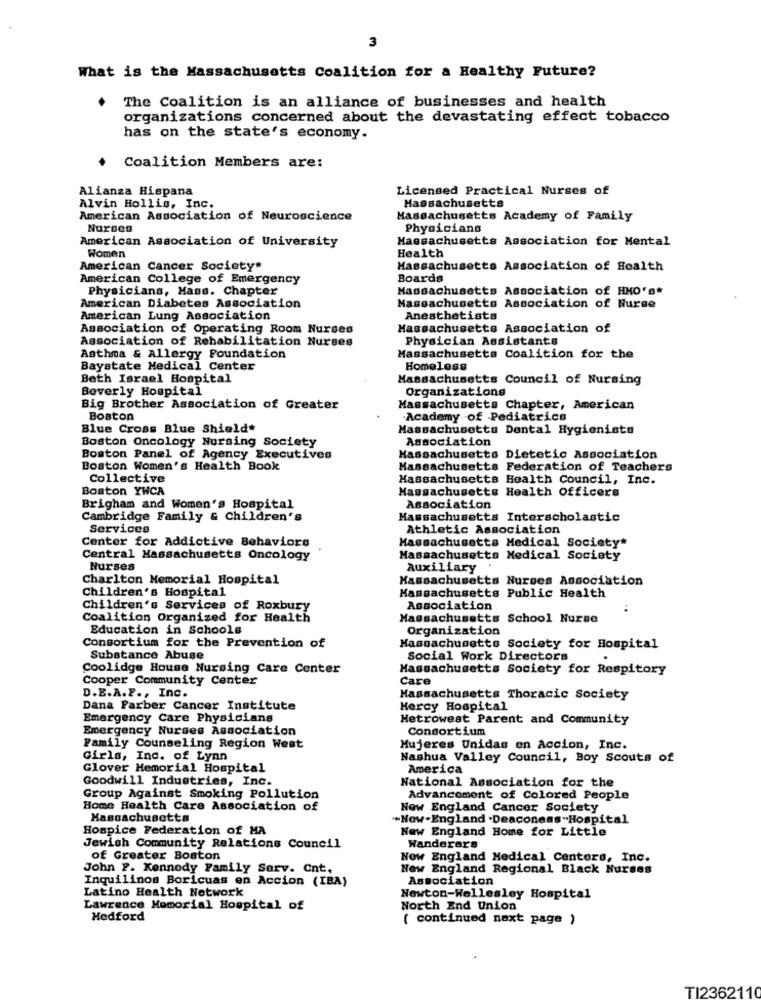
3
What is the Massachusetts Coalition for a Healthy Future?
The Coalition is an alliance of businesses and health
organizations concerned about the devastating effect tobacco
has on the state's economy.
Coalition Members are:
Alianza Hispana
Licensed Practical Nurses of
Alvin Hollis, Inc.
Massachusetts
American Association of Neuroscience
Massachusetts Academy of Family
Nurses
Physicians
American Association of University
Massachusetts Association for Mental
Women
Health
American Cancer Society*
Massachusetts Association of Health
American College of Emergency
Boards
Physicians, Mase. Chapter
Massachusetts Association of HHO's*
American Diabetes Association
Massachusetts Association of Nurse
American Lung Association
Anesthetists
Association of Operating Room Nurses
Massachusetts Association of
Association of Rehabilitation Nurses
Physician Assistants
Asthma & Allergy Foundation
Massachusetts Coalition for the
Baystate Medical Center
Homeless
Beth Israel Hospital
Massachusetts Council of Nursing
Beverly Hospital
Organizations
Big Brother Association of Greater
Massachusetts Chapter, American
Boston
-Academy of Pediatrics
Blue Cross Blue Shield*
Massachusetts Dental Hygienists
Boston Oncology Nursing Society
Association
Boston Panel of Agency Executives
Massachusetts Dietetic Association
Boston Women's Health Book
Massachusetts Federation of Teachers
Collective
Massachusetts Health Council, Inc.
Boston YWCA
Massachusetts Health Officers
Brigham and Women's Hospital
Association
Cambridge Family & Children's
Massachusetts Interscholastic
Services
Athletic Association
Center for Addictive Behaviors
Massachusetts Medical Society*
Central Massachusetts Oncology
Massachusetts Medical Society
Nurses
Auxiliary
Charlton Memorial Hospital
Massachusetts Nurses Association
Children's Hospital
Massachusetts Public Health
Children's Services of Roxbury
Association
Coalition Organized for Health
Massachusetts School Nurse
Education in Schools
Organization
Consortium for the Prevention of
Massachusetts Society for Hospital
Substance Abuse
Social Work Directors
Coolidge House Nursing Care Center
Massachusetts Society for Respitory
Cooper Community Center
Care
D.E.A.F ., Inc.
Massachusetts Thoracic Society
Dana Farber Cancer Institute
Mercy Hospital
Emergency Care Physicians
Metrowest Parent and Community
Emergency Nurses Association
Consortium
Family Counseling Region West
Mujeres Unidas en Accion, Inc.
Girls, Inc. of Lynn
Nashua Valley Council, Boy Scouts of
Glover Memorial Hospital
America
Goodwill Industries, Inc.
National Association for the
Group Against Smoking Pollution
Advancement of Colored People
Home Health Care Association of
New England Cancer Society
Massachusetts
"Now.England .Deaconess "Hospital
Hospice Federation of MA
New England Home for Little
Jewish Community Relations Council
Wanderers
of Greater Boston
Now England Medical Centers, Inc.
John F. Kennedy Family Serv. Cnt.
New England Regional Black Nurses
Inquilinos Boricuas en Accion (IBA)
Association
Latino Health Network
Newton-Wellesley Hospital
Lawrence Memorial Hospital of
North End Union
Medford
( continued next page )
TI2362110